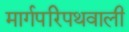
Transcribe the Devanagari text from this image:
मार्गपरिपथवाली